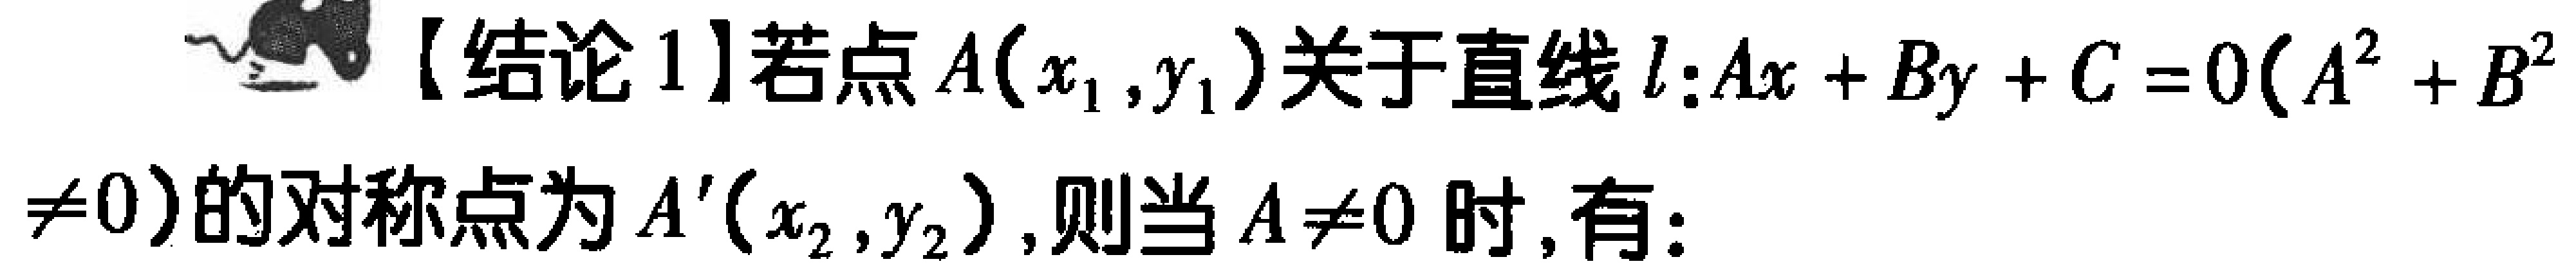
【结论1】若点\(A(x_1,y_1)\)关于直线\(l:Ax + By + C = 0(A^2 + B^2\neq0)\)的对称点为\(A'(x_2,y_2)\)，则当\(A\neq0\)时，有：